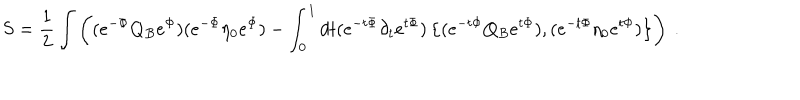
S = \frac { 1 } { 2 } \int \left( ( e ^ { - \Phi } Q _ { B } e ^ { \Phi } ) ( e ^ { - \Phi } \eta _ { 0 } e ^ { \Phi } ) - \int _ { 0 } ^ { 1 } d t ( e ^ { - t \Phi } \partial _ { t } e ^ { t \Phi } ) \left\{ ( e ^ { - t \Phi } Q _ { B } e ^ { t \Phi } ) , ( e ^ { - t \Phi } \eta _ { 0 } e ^ { t \Phi } ) \right\} \right) \ .